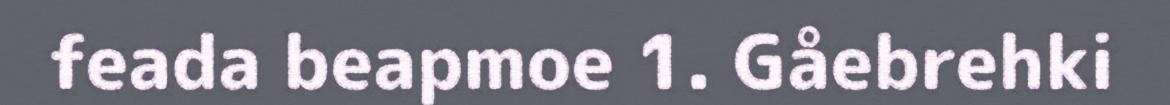
feada beapmoe 1. Gåebrehki